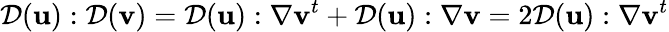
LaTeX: {\mathcal{D}}({\mathbf u}):{\mathcal{D}}({\mathbf v})={\mathcal{D}}({\mathbf u}):\nabla{\mathbf v}^{t}+{\mathcal{D}}({\mathbf u}):\nabla{\mathbf v}=2{\mathcal{D}}({\mathbf u}):\nabla{\mathbf v}^{t}